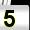
Digit: 5